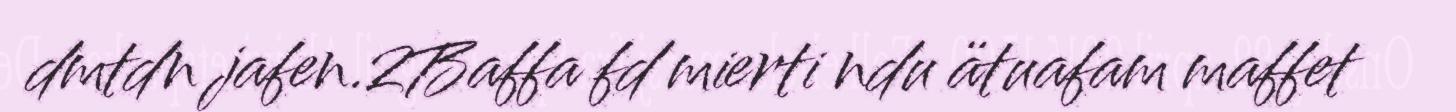
dmtdn jafen.2Baffa fd mierti ndu ätuafam maffet